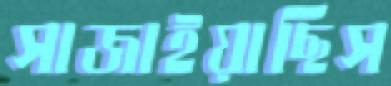
সাজাইয়াছিস